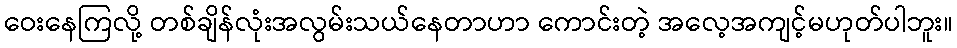
ဝေးနေကြလို့ တစ်ချိန်လုံးအလွမ်းသယ်နေတာဟာ ကောင်းတဲ့ အလေ့အကျင့်မဟုတ်ပါဘူး။